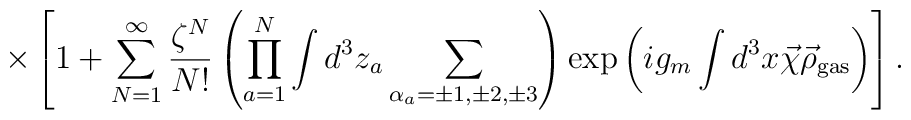
\times\left[1+\sum\limits_{N=1}^{\infty}\frac{\zeta^N}{N!}\left(\prod\limits_{a=1}^{N}\int d^3z_a\sum\limits_{\alpha_a=\pm 1,\pm 2,\pm 3}^{}\right)\exp\left(ig_m\int d^3x\vec\chi\vec\rho_{\rm gas}\right)\right].